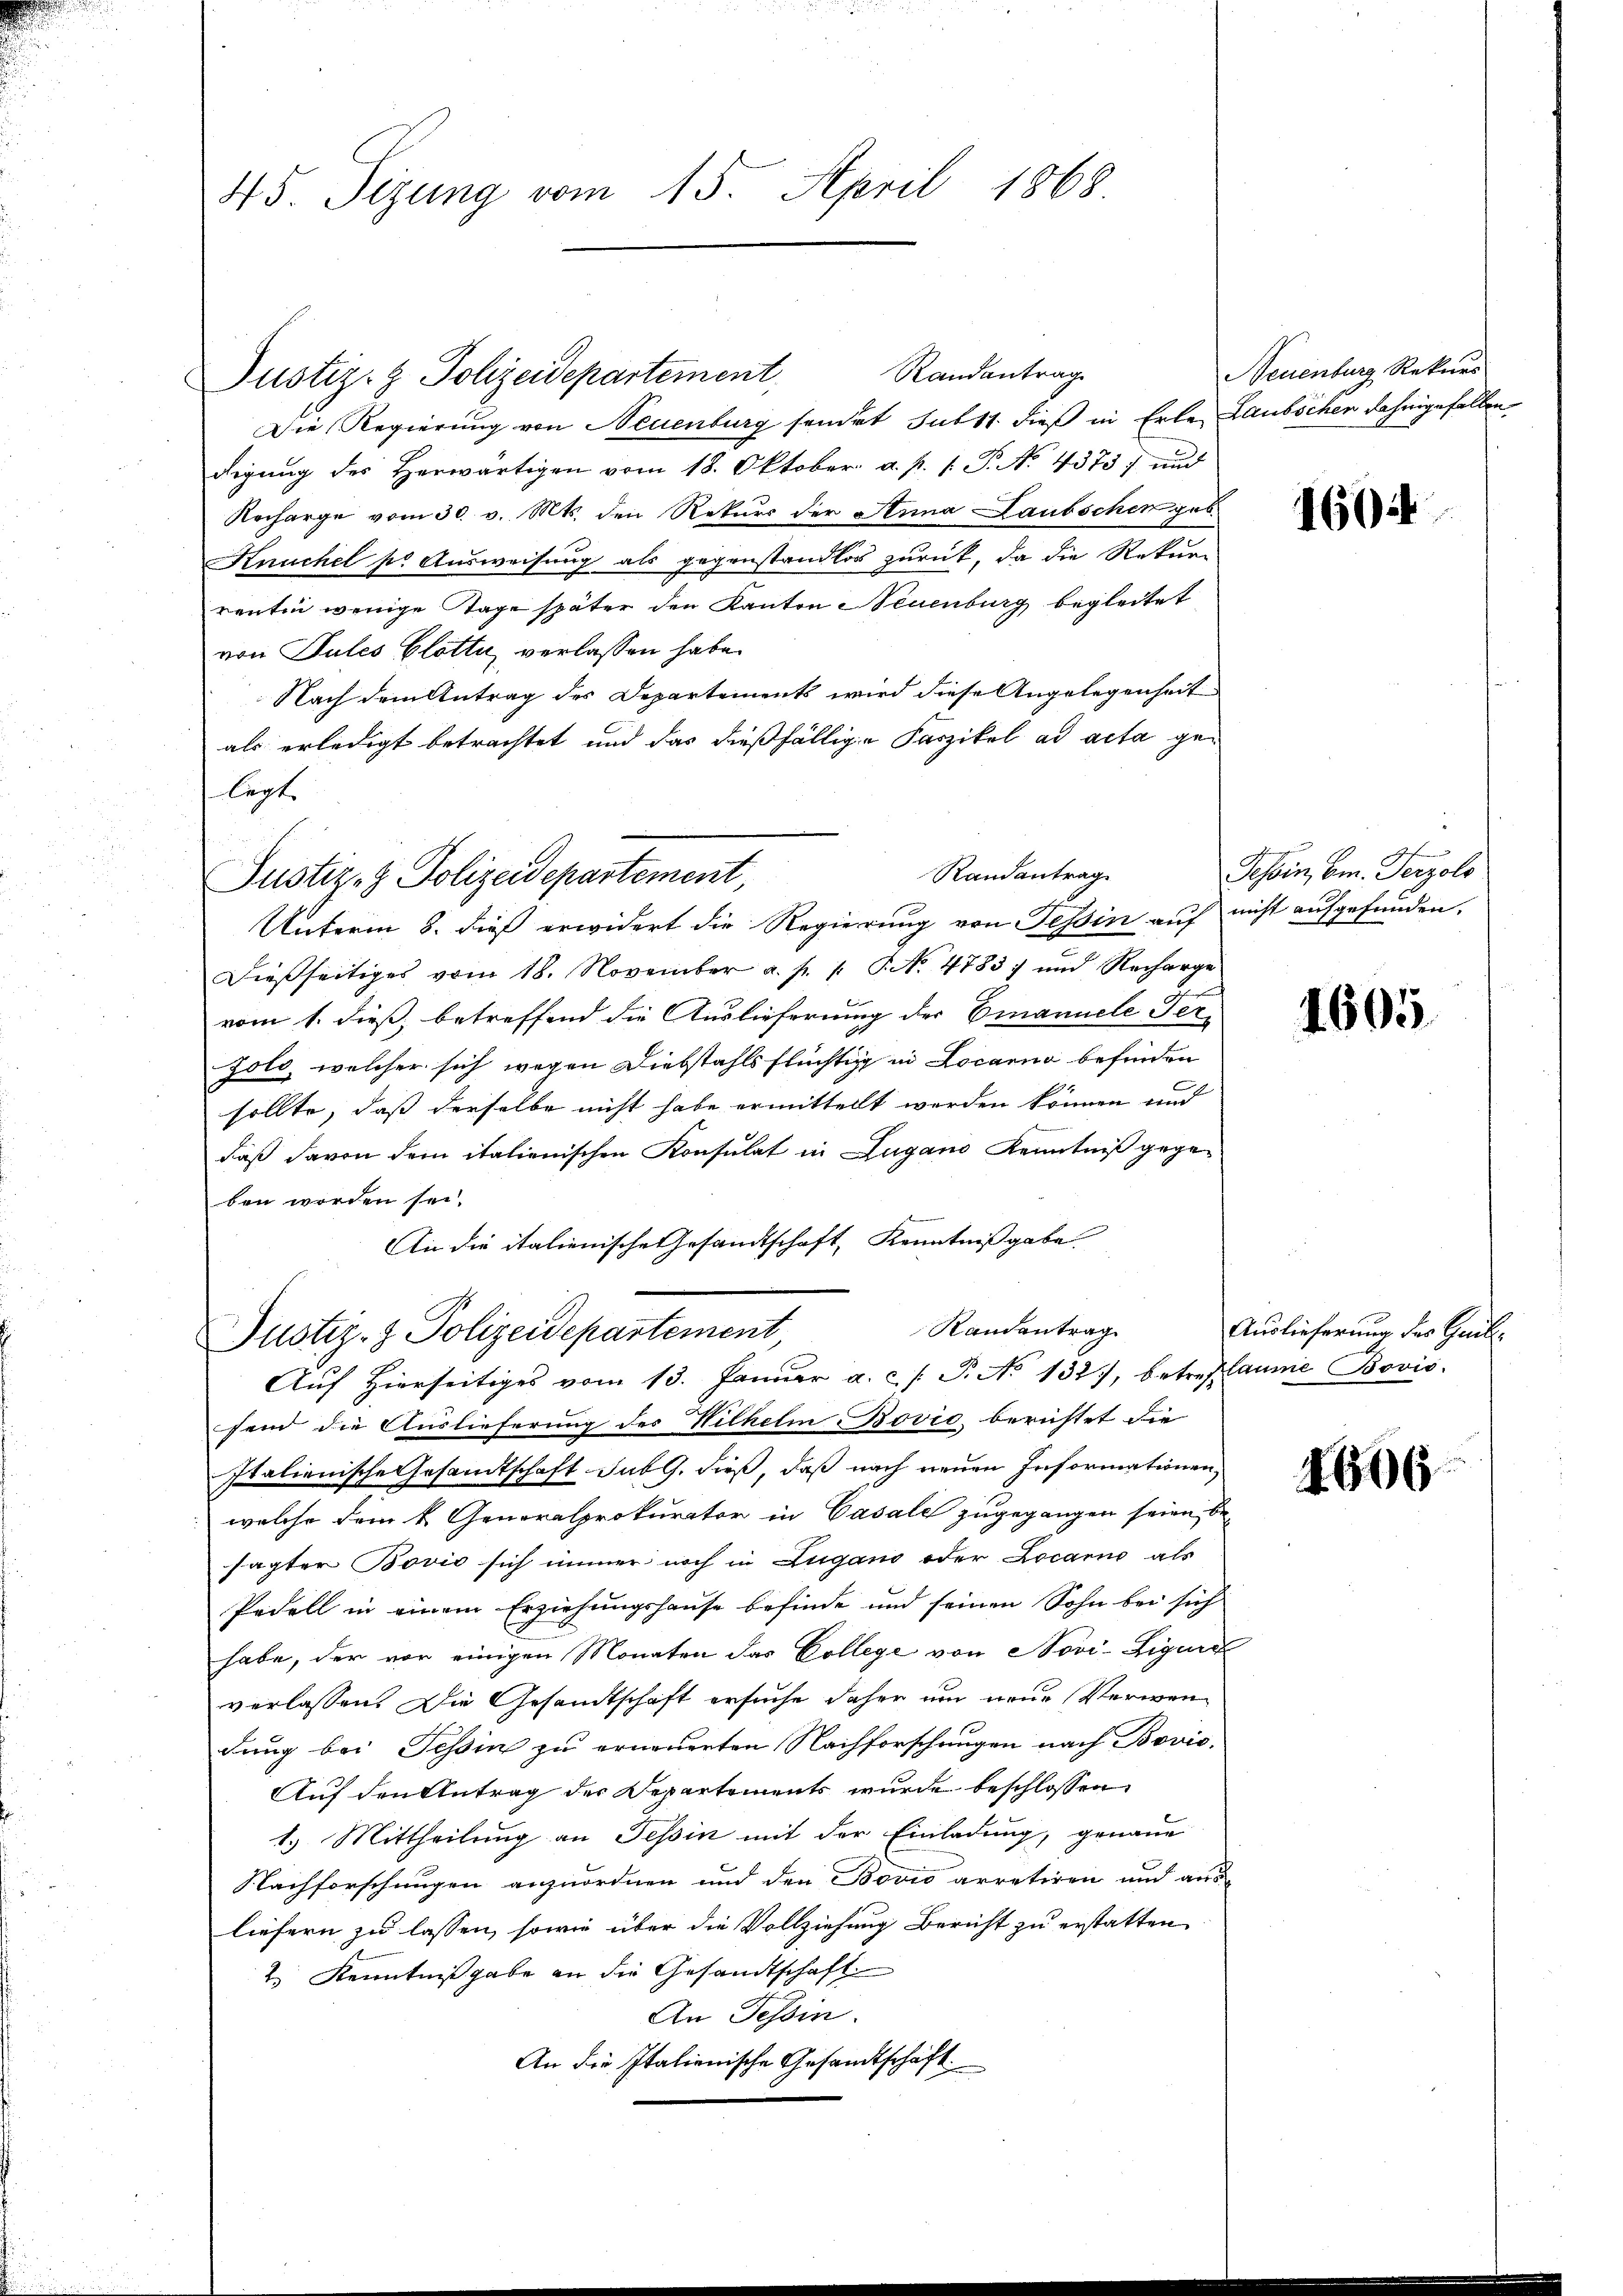
45. Sizung vom 15. April 1868

Randantrag
Die Regierung von Neuenburg sendet subst dieß in Erle-
digung des Herwärtigen vom 18. Oktober a. p. 1. P. No. 4375) und
Recharge vom 30. v. Mts. den Rekurs der Anna Laubschen geb.
Knuchel pr Ausweisung als gegenstandlos zurück, da die Rekurr
renten wenige Tage später den Kanton Neuenburg begleitet
von Pules Glatte, verlassen habe.
Nach dem Antrag des Departements wird diese Angelegenheit
als erledigt betrachtet und das dießfällige Faszikel ad acta gelegt.
Unterm 8. dieß erwidert die Regierung von Tessin auf
Dieβseitiges vom 18. November a. p. 1. P. No. 4783) und Recharge
vom 1. dieß, betreffend die Auslieferung der Emanuele Terzolo, welcher sich wegen Diebstahls flüchtig in Locarno befinden
sollte, daß derselbe nicht habe ermittelt werden können und
daß davon dem italienischen Konsulat in Zugano Kenntniß gegeben worden sei.
An die italienische Gesandtschaft, Kenntnißgabe
Randantrag
Justiz- & Polizeidepartement
Aŭf Hierseitiges vom 13. Janŭar a. c. /. P. No 1327), betreflaume Bovis
fend die Auslieferung des Wilhelm Bović berichtet die
Italienische Gesamtschaft sub 9. dieß, daß nach neuen Informationen,
welche dem k. Generalprokurator in Casale zugegangen seien, be-
sagter Bović sich immer noch in Zugano oder Locarno als
Pedell in einem Erziehungshause befinde und seinen Sohn bei sich
habe, der vor einigen Monaten das College von Novi-Ligura
verlassen. Die Gesandtschaft ersuche daher um neue Verwendung bei Tessin zu erneuerten Nachforschungen nach Bović.
Auf den Antrag der Departements wurde beschlossen
1.) Mittheilung an Tessin mit der Einladung, genaue
Nachforschungen anzuordnen und den Bovio arretiren und aus
liefern zu lassen, sowie über die Vollziehung Bericht zu erstatten
2 Kenntniß gabe an die Gesandtschaft
An Tessin.
An die Italienische Gesandtschäft

Justiz- & Polizeidepartement,

Justiz- & Polizeidepartement,

Randantrag

Neuenburg Rekurs
Laubscher dahingefallen

1604

f
Tessin, Em. Terzolo
nicht aufgefunden.

1605

Auslieferung des Gail¬

1606